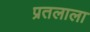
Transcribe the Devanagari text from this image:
प्रतलाला